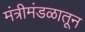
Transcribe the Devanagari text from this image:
मंत्रीमंडळातून